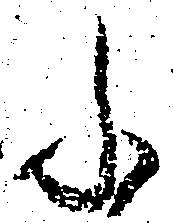
ふ